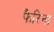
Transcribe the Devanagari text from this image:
फैरिना